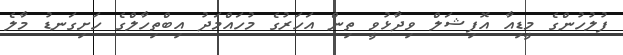
ފުލުހުންގެ މީޑިއާ އޮފިޝަލް ވިދާޅުވީ ތިން އަހަރުގެ މުހައްމަދު އިބްތިހާލްގެ ހަށިގަނޑު މާލެ